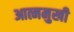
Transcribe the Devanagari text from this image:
आत्ममुखी